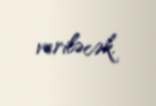
veriləcək.